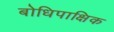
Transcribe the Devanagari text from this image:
बोधिपाक्षिक